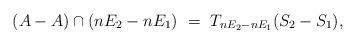
LaTeX: \begin{align*}(A-A) \cap (nE_2 - nE_1)\ =\ T_{nE_2 - nE_1}(S_2-S_1),\end{align*}